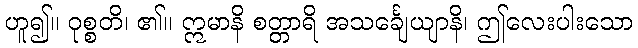
ဟူ၍။ ဝုစ္စတိ၊ ၏။ ဣမာနိ စတ္တာရိ အသင်္ချေယျာနိ၊ ဤလေးပါးသော